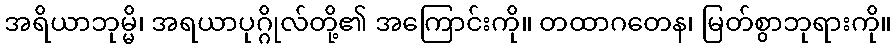
အရိယာဘုမ္မိ၊ အရယာပုဂ္ဂိုလ်တို့၏ အကြောင်းကို။ တထာဂတေန၊ မြတ်စွာဘုရားကို။